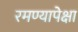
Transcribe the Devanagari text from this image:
रमण्यापेक्षा